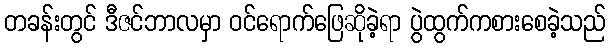
တခန်းတွင် ဒီဇင်ဘာလမှာ ဝင်ရောက်ဖြေဆိုခဲ့ရာ ပွဲထွက်ကစားစေခဲ့သည်